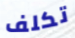
تكلف